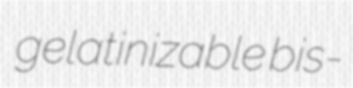
gelatinizable bis-